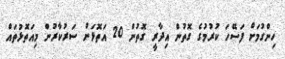
ހިންގުމަށް ފަސޭހަ ކުރުމުގެ ގޮތުން އިދާރީ ގޮތުން 20 އަތޮޅަށް ސަރުކާރުން މިއަތޮޅުތައް